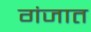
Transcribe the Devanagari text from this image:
गंजात